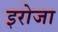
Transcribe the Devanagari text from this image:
इरोजा